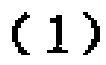
-1